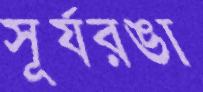
সূর্যরঙা